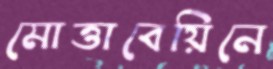
মোত্তাবেয়িনে